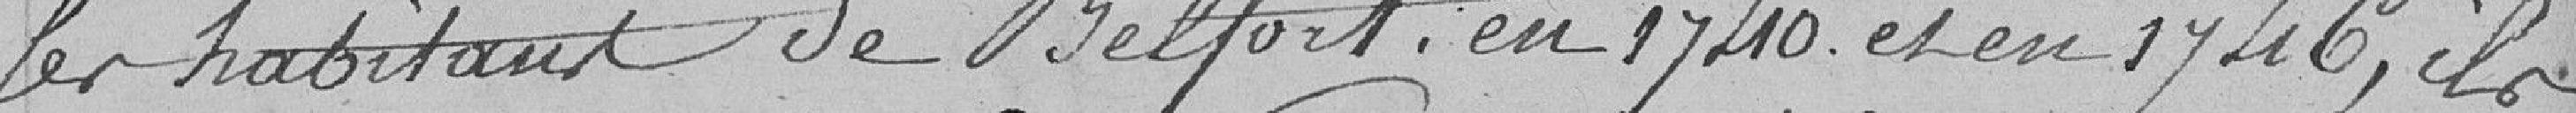
les habitants de Belfort. En 1740 et en 1746, il